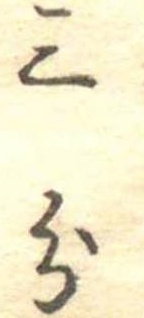
三分